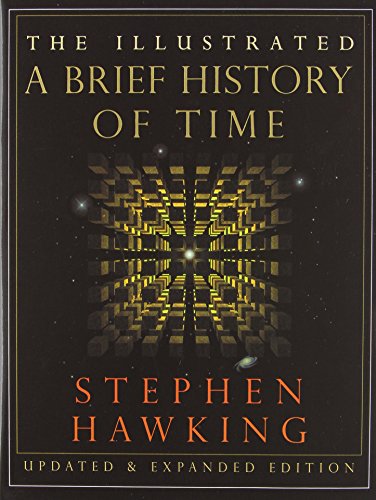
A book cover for The Illustrated Brief History of Time, Updated and Expanded Edition; Stephen William Hawking; Science & Math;